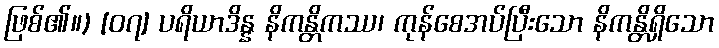
ဖြစ်၏။) [၀၇] ပရိယာဒိန္န နိကန္တိကဿ၊ ကုန်စေအပ်ပြီးသော နိကန္တိရှိသော